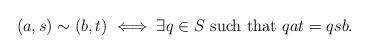
LaTeX: \begin{align*}(a,s) \sim (b,t) \iff \exists q\in S \textrm{ such that } qat=qsb.\end{align*}